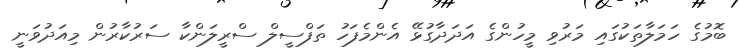
ބޮމުގެ ހަމަލާތަކުގައި މަރުވި މީހުންގެ އަދަދާގުޅޭ އެންމެފަހު ތަފްސީލް ސްރީލަންކާ ސަރުކާރުން މިއަދުވަނީ